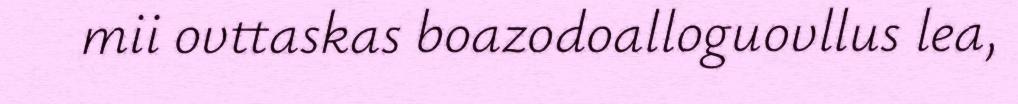
mii ovttaskas boazodoalloguovllus lea,